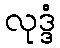
လုဒ္ဒံ